Lunatic asylums Punjab 1895-1910 - 1895-1910
Year: 1895
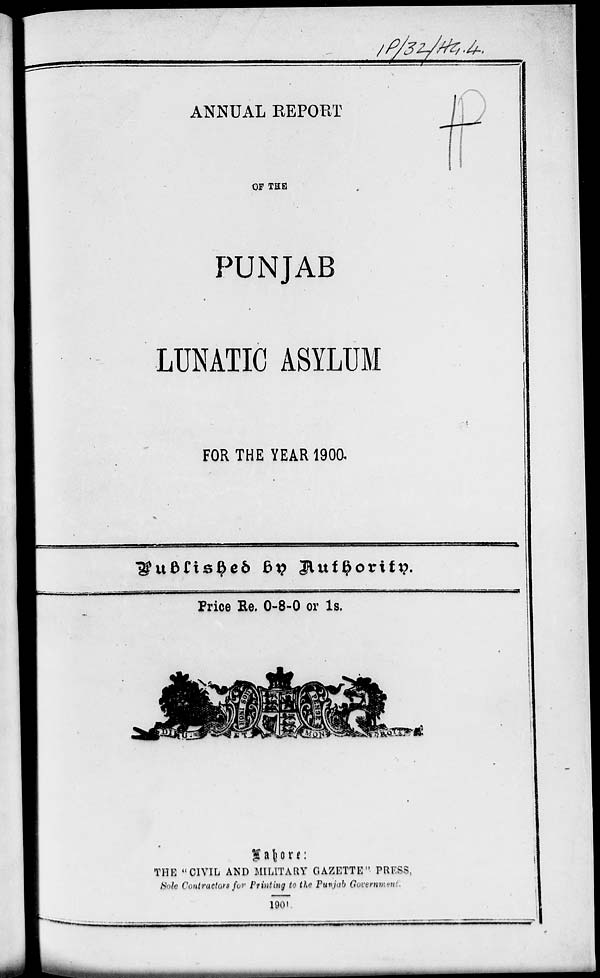
ANNUAL REPORT
OF THE
PUNJAB
LUNATIC ASYLUM
FOR THE YEAR 1900.
Published
by
Authority.
Price Re. 0-8-0 or 1s.
Lahore:
THE "CIVIL AND MILITARY GAZETTE" PRESS,
Sole Contractors for Printing to the Punjab Government.
1901